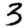
Digit: 3